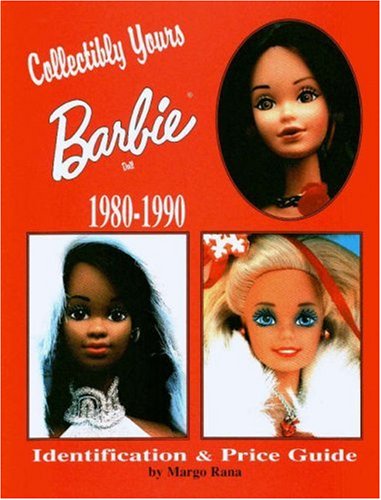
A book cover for Collectibly Yours Barbie Doll 1980-1990; Margo Rana; Humor & Entertainment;